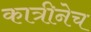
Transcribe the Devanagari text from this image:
कात्रीनेच